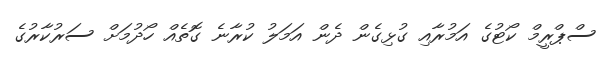
ސްޕްރީމް ކޯޓުގެ އަމުރާއި ގުޅިގެން ދެން އަމަލު ކުރާނެ ގޮތެއް ހޯދުމަށް ސަރުކާރުގެ